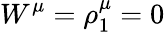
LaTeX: W^{\mu}=\rho_{1}^{\mu}=0